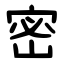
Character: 密